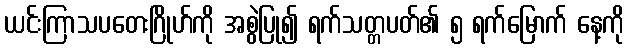
ယင်းကြာသပတေးဂြိုဟ်ကို အစွဲပြု၍ ရက်သတ္တပတ်၏ ၅ ရက်မြောက် နေ့ကို